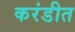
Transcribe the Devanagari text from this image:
करंडीत